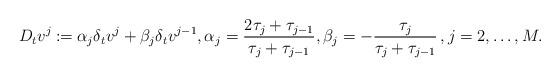
LaTeX: \begin{gather*} D_t v^j \coloneqq \alpha_j \delta_t v^j + \beta_j \delta_t v^{j-1}, \alpha_j = \frac{2\tau_j+\tau_{j-1}}{\tau_j+\tau_{j-1}}, \beta_j = - \frac{\tau_j}{\tau_j+\tau_{j-1}}\,, j=2,\dots,M.\end{gather*}